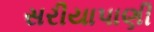
સરીયાપાણી